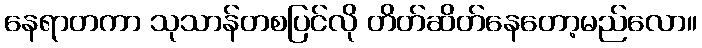
နေရာတကာ သုသာန်တစပြင်လို တိတ်ဆိတ်နေတော့မည်လော။